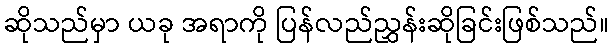
ဆိုသည်မှာ ယခု အရာကို ပြန်လည်ညွှန်းဆိုခြင်းဖြစ်သည်။